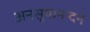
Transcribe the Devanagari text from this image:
अनसूयानन्‍दन